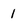
Character: 1